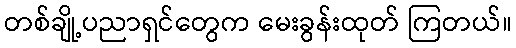
တစ်ချို့ပညာရှင်တွေက မေးခွန်းထုတ် ကြတယ်။